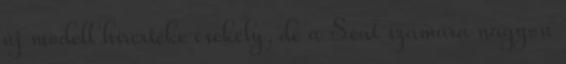
új modell hírértéke csekély, de a Seat számára nagyon